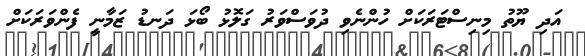
އަދި ޔޫތު މިނިސްޓަރަކަށް ހުންނެވި ދުވަސްވަރު ގަލޮޅު ބޯޅަ ދަނޑު ޒަމާނީ ފެންވަރަކަށް